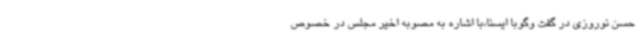
حسن نوروزی در گفت وگوبا ایسنا،با اشاره به مصوبه اخیر مجلس در خصوص